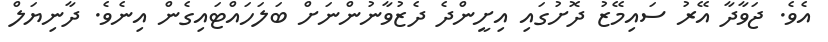
އެވެ. ޖަވާދާ އޭރު ސައިމޭޒު ދޮށުގައި އިށީންދެ ދެޒުވާނުންނަށް ބަލަހައްޓައިގެން އިނެވެ. ދާނިޔަލް